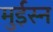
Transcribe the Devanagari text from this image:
मुईस्न